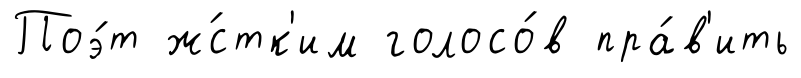
Поэ́т ж́стк'им голосо́в пра́в'ить